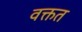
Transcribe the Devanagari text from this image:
वक्तत